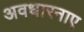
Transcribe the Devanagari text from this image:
अवधारनाए